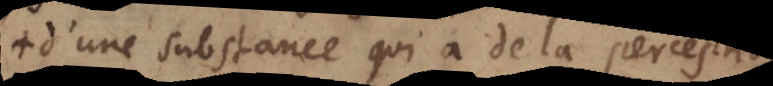
d’une substance qui a de la perc